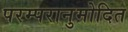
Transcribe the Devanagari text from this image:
परम्परानुमोदित